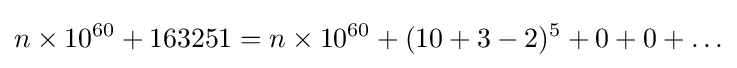
n\times 10^{60}+163251=n\times 10^{60}+(10+3-2)^{5}+0+0+\ldots